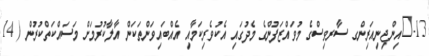
13-	އިންޖިނިއަރިންގ ސާރވިސްގެ މުވައްޒަފުންގެ މެދުގައި އެކުވެރިކަމާއި އެއްބައިވަންތަކަން އާލާކުރުމަށް މަސައްކަތްކުރުން ( 14